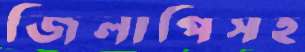
জিলাপিসহ